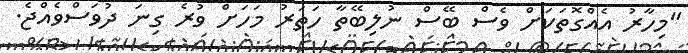
"މިހާރު އެއްގޮތަކަށް ވެސް ބޭސް ނުލިބޭތާ ހަތަރު މަހަށް ވުރެ ގިނަ ދުވަސްވެއްޖެ.